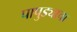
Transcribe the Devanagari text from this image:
पापुड्याचा